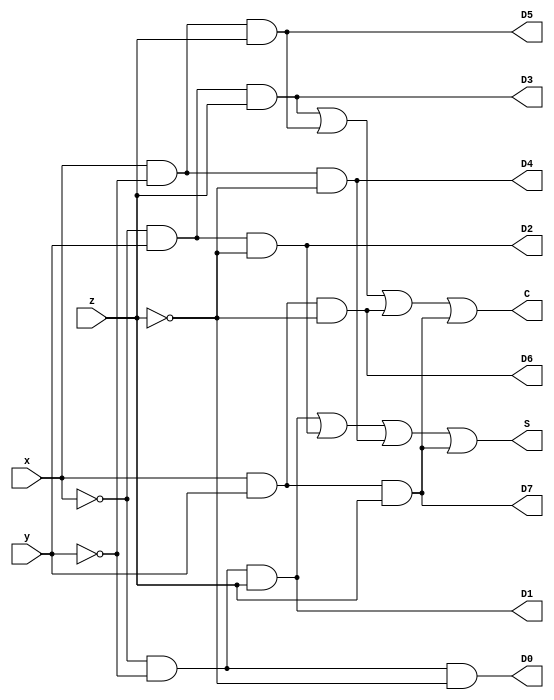
// Q3. Design a combinational circuit for a full adder using 3 to 8 line decoder and external OR gates.


// design.sv

// Data-Flow
module circuit3(x, y, z, D0, D1, D2, D3, D4, D5, D6, D7, S, C);
  input     x, y, z;
  output    D0, D1, D2, D3, D4, D5, D6, D7, S, C;
  assign    D0 = (!(x)) && (!(y)) && (!(z));
  assign    D1 = (!(x)) && (!(y)) && (z);
  assign    D2 = (!(x)) && (y) && (!(z));
  assign    D3 = (!(x)) && (y) && (z);
  assign    D4 = (x) && (!(y)) && (!(z));
  assign    D5 = (x) && (!(y)) && (z);
  assign    D6 = (x) && (y) && (!(z));
  assign    D7 = (x) && (y) && (z);
  assign    S = D1 || D2 || D4 || D7;
  assign    C = D3 || D5 || D6 || D7;
endmodule